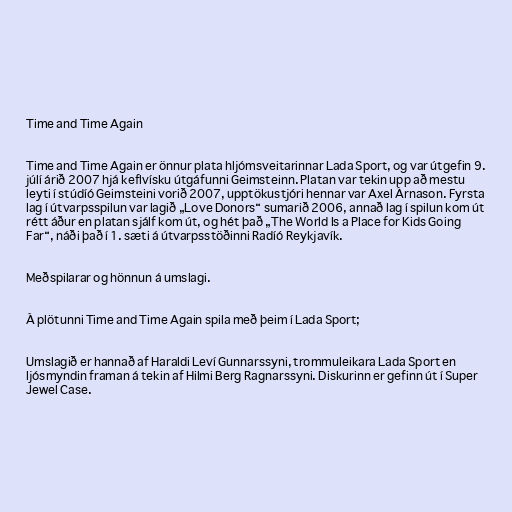
Time and Time Again

Time and Time Again er önnur plata hljómsveitarinnar Lada Sport, og var útgefin 9.
júlí árið 2007 hjá keflvísku útgáfunni Geimsteinn. Platan var tekin upp að mestu
leyti í stúdíó Geimsteini vorið 2007, upptökustjóri hennar var Axel Árnason. Fyrsta
lag í útvarpsspilun var lagið „Love Donors“ sumarið 2006, annað lag í spilun kom út
rétt áður en platan sjálf kom út, og hét það „The World Is a Place for Kids Going
Far“, náði það í 1. sæti á útvarpsstöðinni Radíó Reykjavík.

Meðspilarar og hönnun á umslagi.

Á plötunni Time and Time Again spila með þeim í Lada Sport;

Umslagið er hannað af Haraldi Leví Gunnarssyni, trommuleikara Lada Sport en
ljósmyndin framan á tekin af Hilmi Berg Ragnarssyni. Diskurinn er gefinn út í Super
Jewel Case.